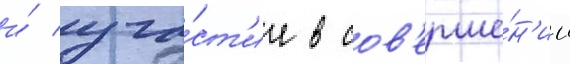
и́ уча́ст'ие в сов'ерше́н'ии